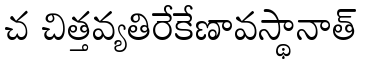
చ చిత్తవ్యతిరేకేణావస్థానాత్